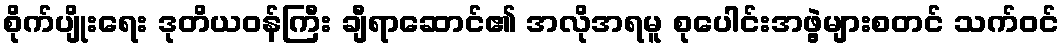
စိုက်ပျိုးရေး ဒုတိယဝန်ကြီး ချီရာဆောင်၏ အလိုအရမူ စုပေါင်းအဖွဲ့များစတင် သက်ဝင်